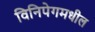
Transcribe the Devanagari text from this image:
विनिपेगमधील